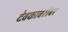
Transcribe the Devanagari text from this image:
देवकाबरोबर